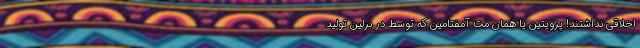
اخلاقی نداشتند! پرویتین یا همان مت آمفتامین که توسط در برلین تولید